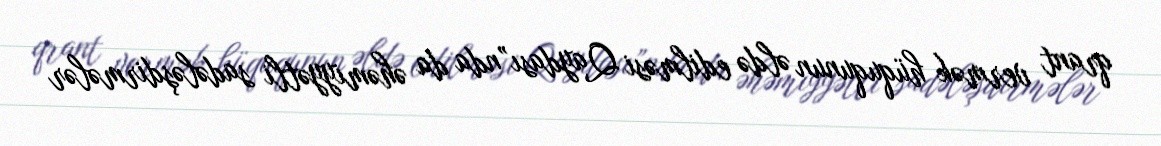
qrant vermək hüququnun əldə edilməsi Qaydası”nda da əhəmiyyətli sadələşdirmələr